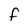
Character: f